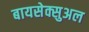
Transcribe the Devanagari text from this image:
बायसेक्सुअल